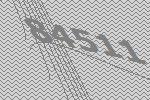
84511